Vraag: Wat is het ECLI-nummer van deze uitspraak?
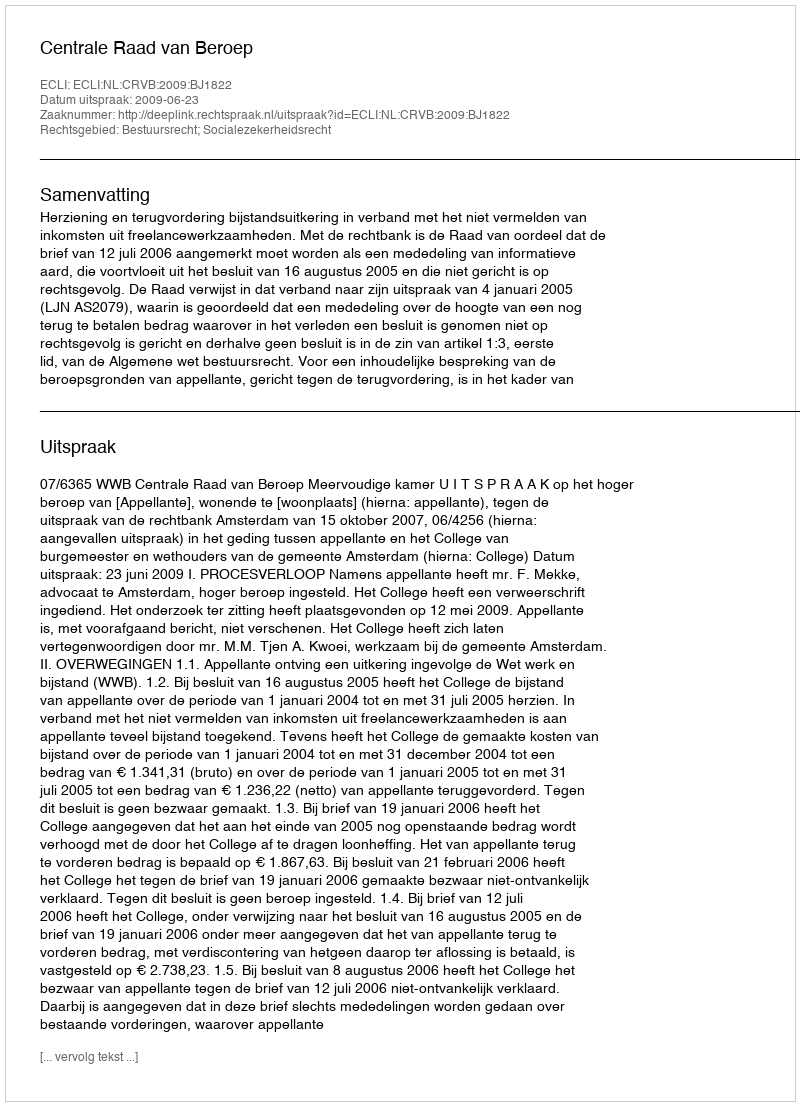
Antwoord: ECLI:NL:CRVB:2009:BJ1822